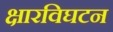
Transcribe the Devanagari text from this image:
क्षारविघटन